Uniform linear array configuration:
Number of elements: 16
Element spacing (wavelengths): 0.25
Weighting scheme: hann
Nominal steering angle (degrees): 0
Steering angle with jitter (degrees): -0.7776
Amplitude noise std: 0.05
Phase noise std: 0.05

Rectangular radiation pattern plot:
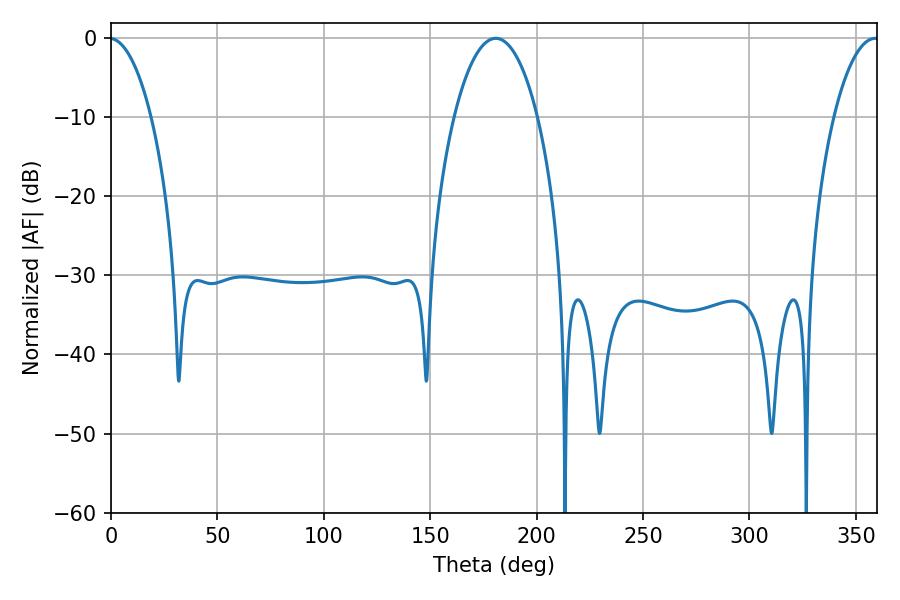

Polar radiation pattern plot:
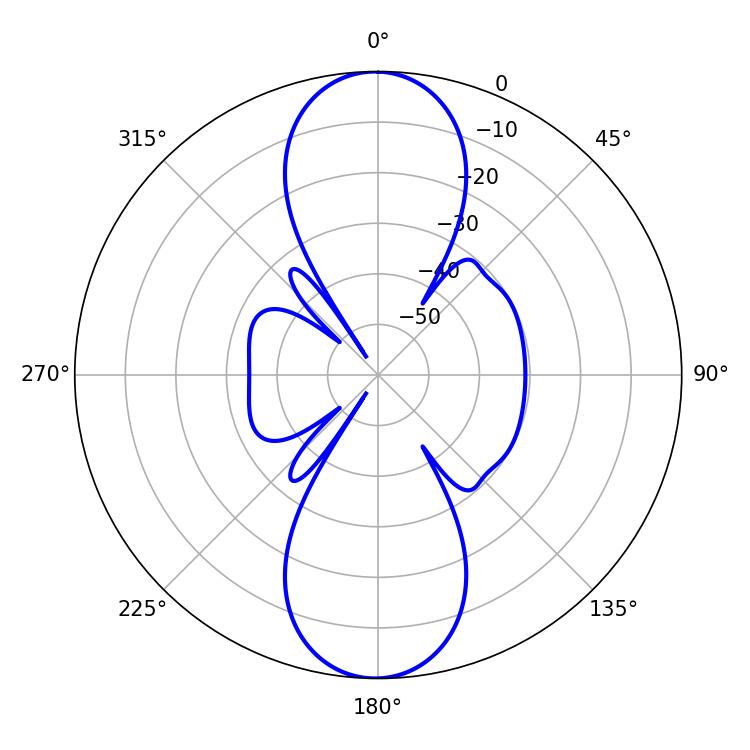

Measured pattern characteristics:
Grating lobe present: FALSE
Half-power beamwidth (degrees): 22.14
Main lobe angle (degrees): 180.72